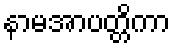
နာမအာပတ္တိကာ